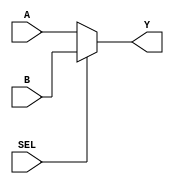
module mux_2to1 (
    input A,
    input B,
    input SEL,
    output reg Y
    );

    always @* begin
        if (SEL == 0)
            Y = A;
        else
            Y = B;
    end

endmodule